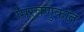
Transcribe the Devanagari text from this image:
मिरवणुकांत